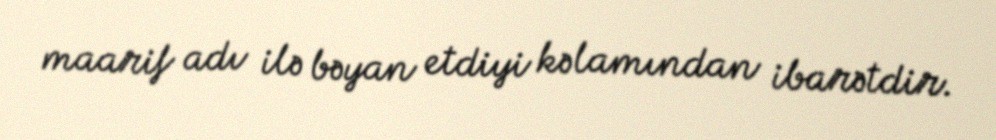
maarif adı ilə bəyan etdiyi kəlamından ibarətdir.